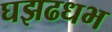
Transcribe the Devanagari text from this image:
घझढधभ